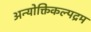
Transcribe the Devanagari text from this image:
अन्योक्तिकल्पद्रम